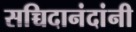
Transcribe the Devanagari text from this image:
सच्चिदानंदांनी